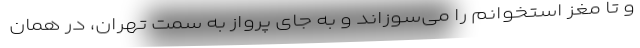
و تا مغز استخوانم را می‌سوزاند و به جای پرواز به سمت تهران، در همان